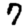
Digit: 7